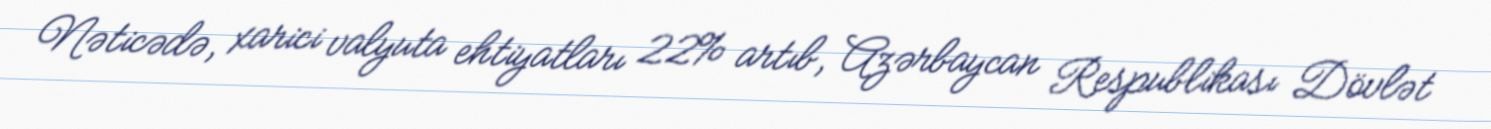
Nəticədə, xarici valyuta ehtiyatları 22% artıb, Azərbaycan Respublikası Dövlət